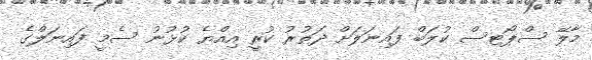
މާލޭ ސްޕޯޓސް ކުލަބް ފައިނަލަށް ދަތުރު ކުރީ އިއްޔެ ކުޅުނު ސެމީ ފައިނަލްގެ